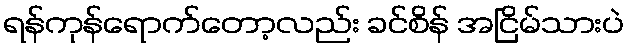
ရန်ကုန်ရောက်တော့လည်း ခင်စိန် အငြိမ်သားပဲ